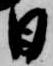
日